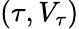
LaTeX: (\tau,V_{\tau})